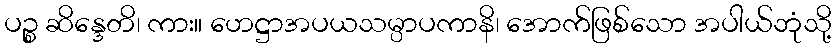
ပဉ္စ ဆိန္ဒေတိ၊ ကား။ ဟေဋ္ဌာအပယသမ္ပာပကာနိ၊ အောက်ဖြစ်သော အပါယ်ဘုံသို့